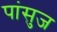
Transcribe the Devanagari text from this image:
पांसुज